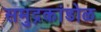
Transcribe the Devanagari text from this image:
समुद्रकांडोळ